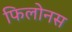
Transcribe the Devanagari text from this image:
फिलोनस